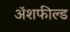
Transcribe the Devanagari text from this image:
ॲशफील्ड